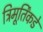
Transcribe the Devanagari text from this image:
त्रिमूर्तिंकडे